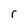
Character: r